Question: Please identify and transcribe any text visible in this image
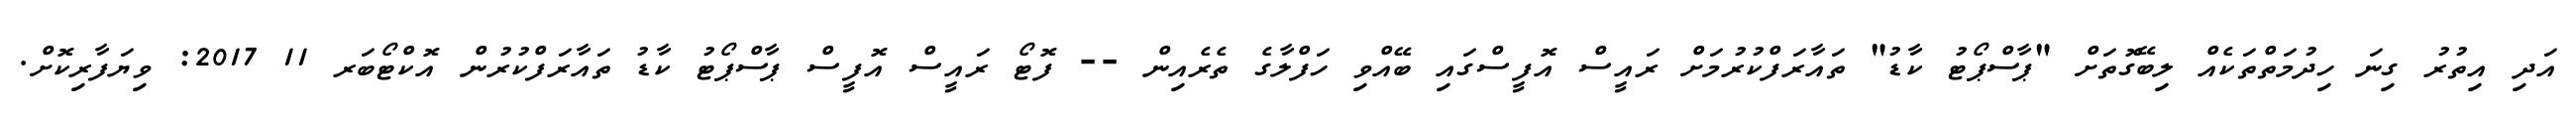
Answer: އަދި އިތުރު ގިނަ ހިދުމަތްތަކެއް ލިބޭގޮތަށް "ޕާސްޕޯޓު ކާޑު" ތައާރަފްކުރުމަށް ރައީސް އޮފީސްގައި ބޭއްވި ހަފްލާގެ ތެރެއިން -- ފޮޓޯ ރައީސް އޮފީސް ޕާސްޕޯޓު ކާޑު ތައާރަފްކުރުން އޮކްޓޯބަރ 11 2017: ވިޔަފާރިކޮށް.